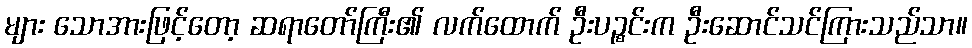
များ သောအားဖြင့်တော့ ဆရာတော်ကြီး၏ လက်ထောက် ဦးပဉ္စင်းက ဦးဆောင်သင်ကြားသည်သာ။